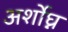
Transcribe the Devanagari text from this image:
अर्शोघ्न